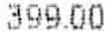
399.00